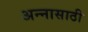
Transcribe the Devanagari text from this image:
अन्‍नासाठी